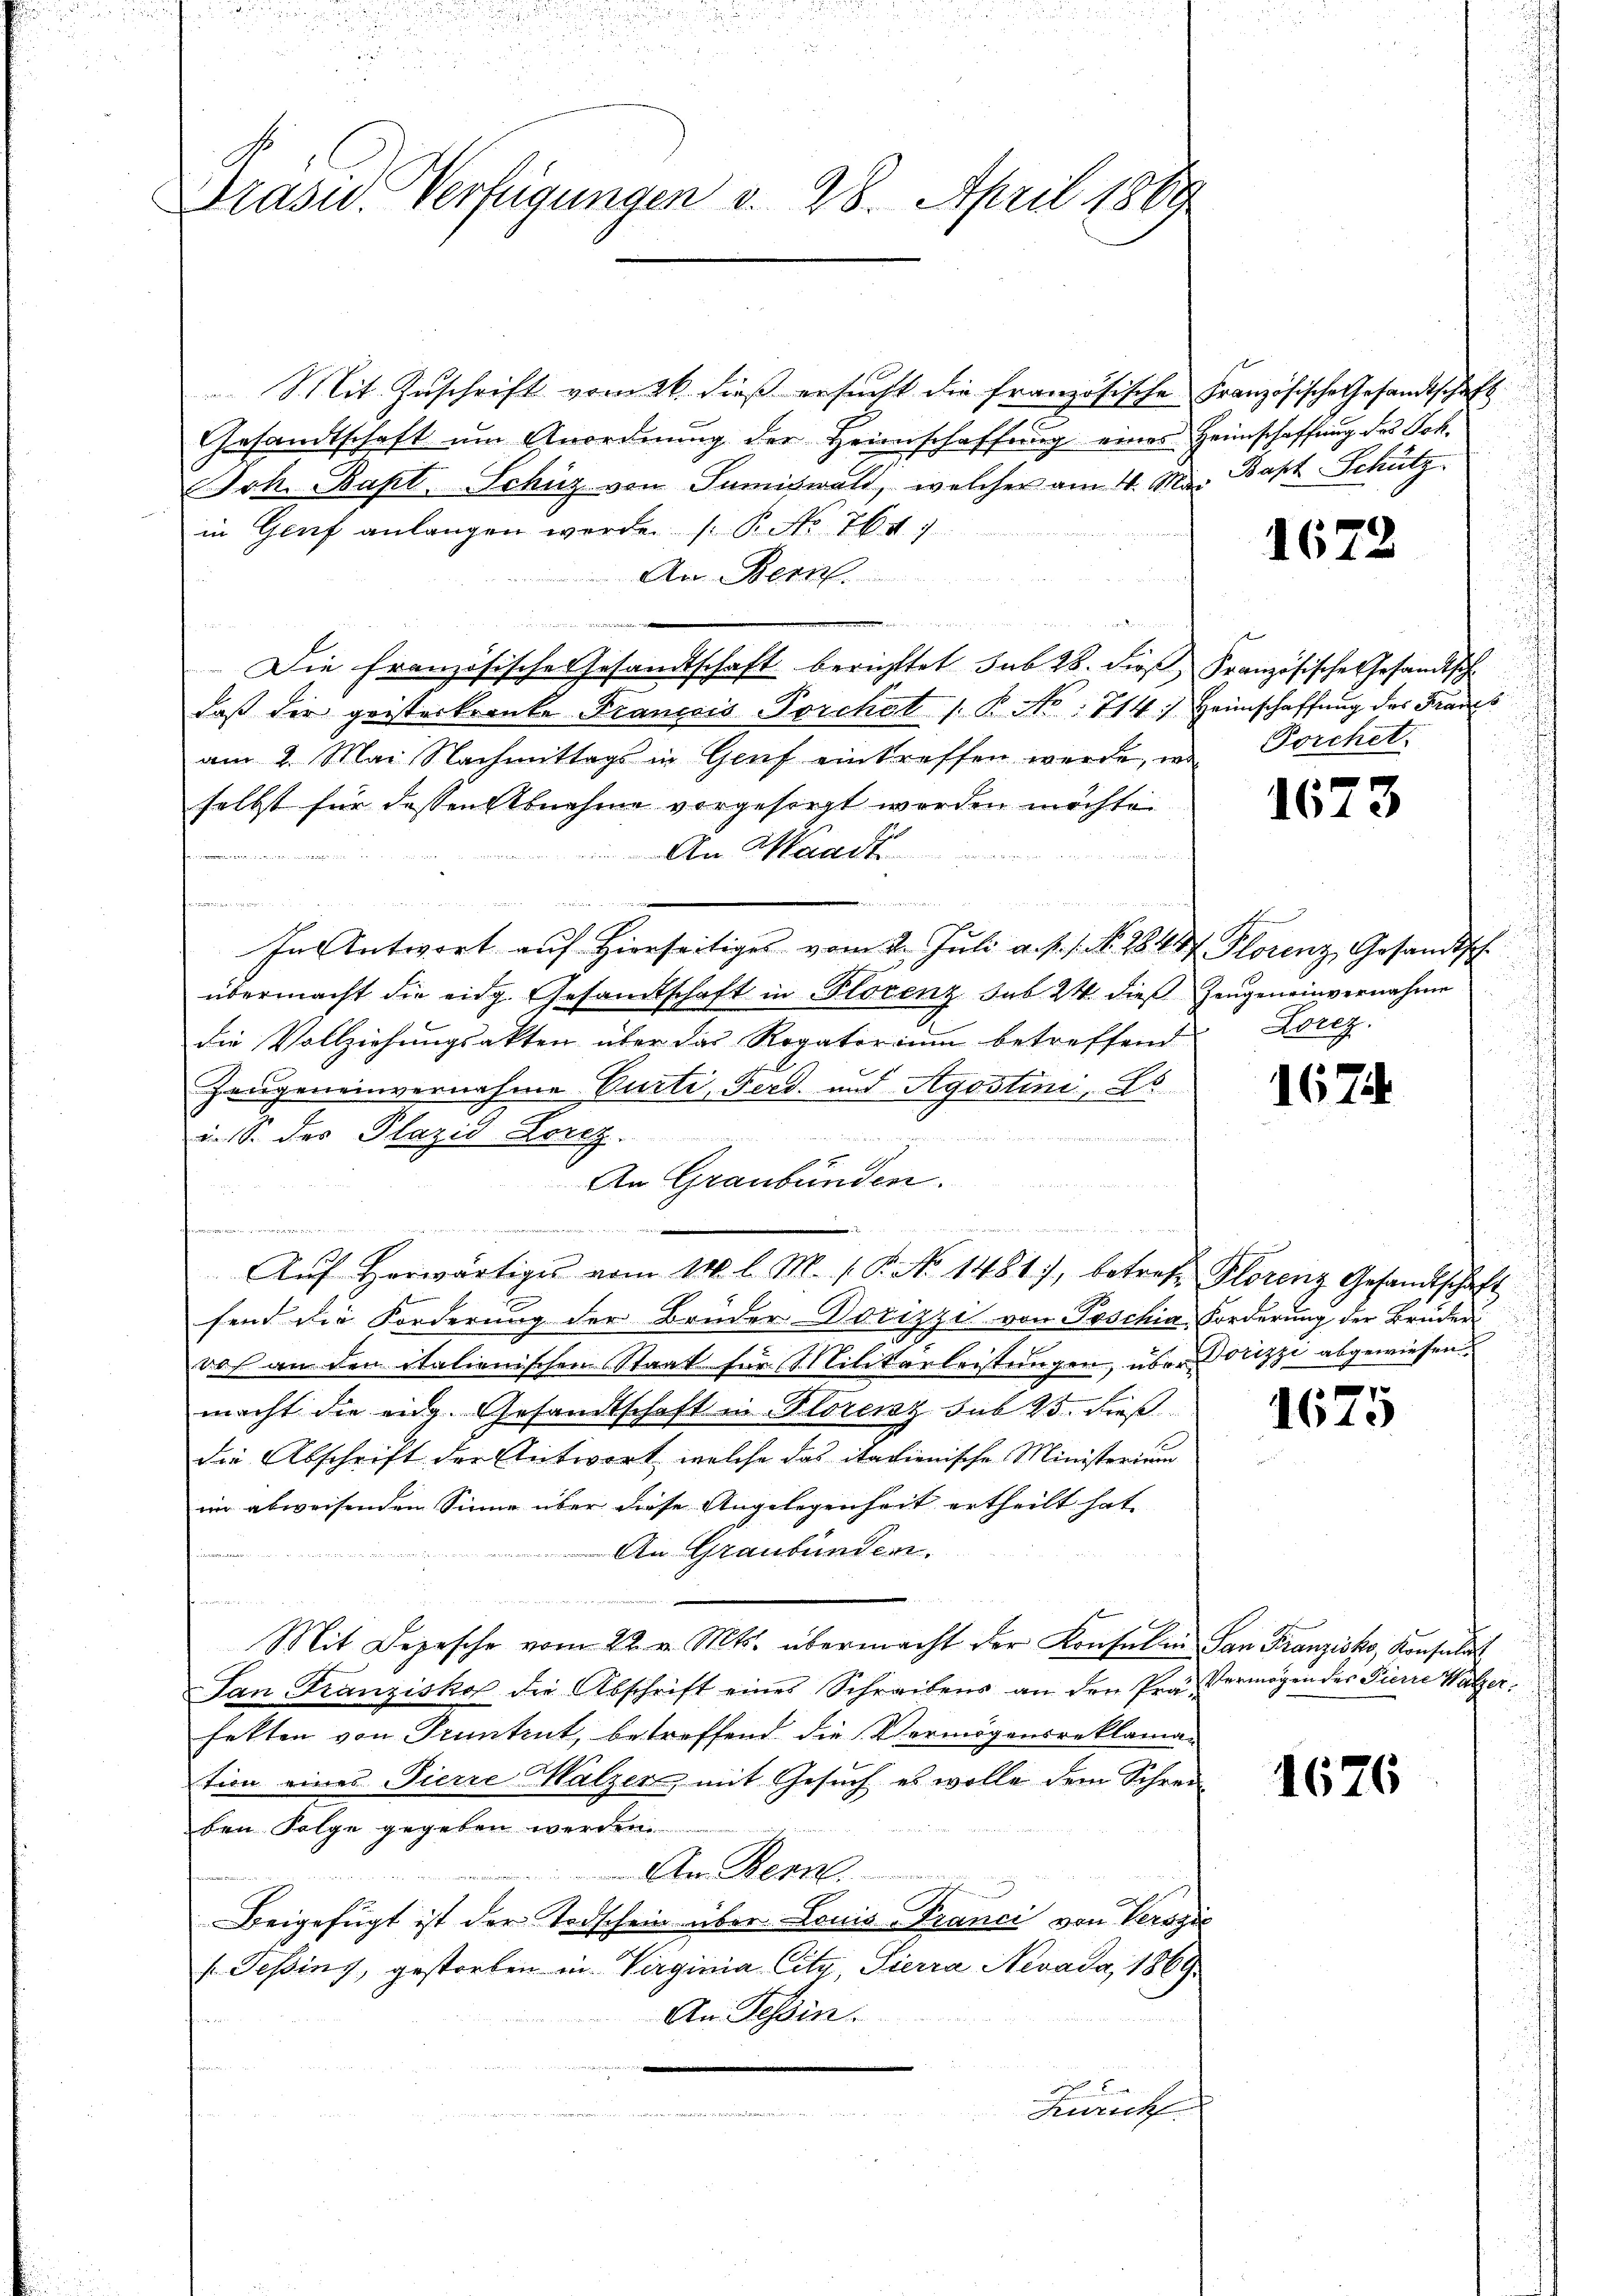
Präsid.. Verfügungen v. 28. April 1860

Mit Zuschrift vom 26. dieß ersucht die französische Französische Gesandtschaft
Gesandtschaft um Anordnung der Heimschaffung eines Heimschaffung des Joh.
Joh. Bapt. Schüz von Sumiswald, welcher am 4. M. Bapt. Schütz
in Genf anlangen werde. (T. No. 764. 7
An Bern.
de eine
Die Französische Gesandtschaft berichttet sub 28. dieß Französische Gesandtsch
daß die geisterkrante Francois Porchet / B No: 714.) Heimschaffung des Frans
am 2. Mai Nachmittags in Genf eintreffen werde, in Porchet.
selbst für dessen Abnahme vorgesorgt worden möchte.
An Waadt

In Antwort auf Hierseitiges vom 2. Jŭli a. p. 1. No. 284 Florenz, Gesandtsch.
übermacht die eidg. Gesandtschaft in Florenz sub 24. dies Zeugeneinvernahme
die Vollziehungsakten über das Rogatorium betreffend
Zeugeneinvernahme Curti, Ferd. und Agostini, Es
wen anden immen und
u. S. des Plazio Lorez.
s
An Graubünden.
2
e
Aŭf herwärtiges vom 14. l. M. s. P. No. 1481), betref Florenz Gesandtschaft
send die Forderung der Brüder Dorizzi von Poschia, Forderung der Bruder
ros an den italienischen Staat für Militarleistungen, über Dorizzi abgewiesen.
macht die eidg. Gesandtschaft in Florenz sub 25. dieß
die Abschrift der Antwort, welche das italienische Ministerium
in abweisenden Sinne über diese Angelegenheit ertheilt hat, |
An Graubünden.
n
Mit Depesche vom 22. v. Mts. übermacht der Konsulen San Franzisko, Konsulat
San Franziskof die Abschrift eines Schreibens an den Prä- Vermögen des Pierre Walzer.
fetten von Truntrut, betreffend die Vermögensreklamation eines Pierre Malzen, mit Gesuch es wolle dem Schreiben Folge gegeben werden.
n
An Bern.
Beigefügt ist der Todschein über Louis Franci von Verogie
s Teßing, gestorben in Virginia Citz, Pierra Nevada, 1869
An Tessin.
Zürich
i die die der Statt der

162.

1673

Lorez.

1674

h

1675

1676